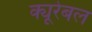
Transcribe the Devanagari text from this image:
क्यूरेबल